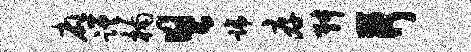
应蹉楠具蹄厚舛荷